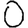
Digit: 0